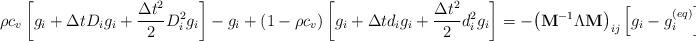
LaTeX: \begin{align*}\rho c_v\left[g_i+ \Delta t D_ig_i+\frac{\Delta t^2}{2}D_i^2g_i \right] -g_i +(1-\rho c_v)\left[g_i+\Delta td_i g_i +\frac{\Delta t^2}{2}d_i^2g_i \right]=- {\left( {{{\bf{M}}^{ - 1}}\Lambda {\bf{M}}} \right)_{ij}} \left[{g_i - g_i^{(eq)}} \right] +\Delta t {\bar F_i}+\vartheta \Delta t {S_i},\end{align*}